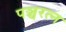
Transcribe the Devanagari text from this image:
पञ्चरत्न